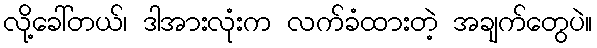
လို့ခေါ်တယ်၊ ဒါအားလုံးက လက်ခံထားတဲ့ အချက်တွေပဲ။